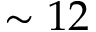
\sim 1 2